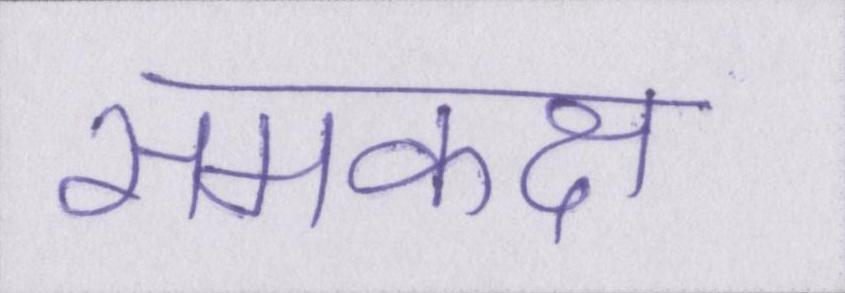
समकक्ष